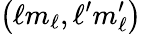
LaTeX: \left(\ell m_{\ell},\ell^{\prime}m_{\ell}^{\prime}\right)